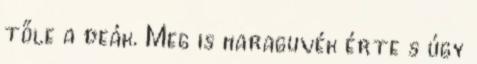
tőle a deák. Meg is haraguvék érte s úgy